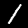
Label: 1